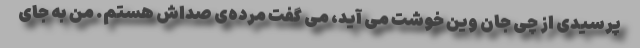
پرسيدى از چى جان وين خوشت مى آيد، مى گفت مرده‌ی صداش هستم. من به جاى